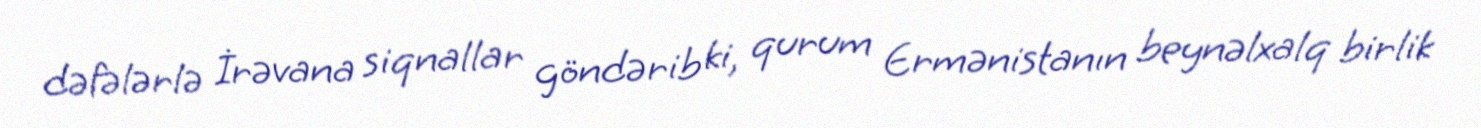
dəfələrlə İrəvana siqnallar göndərib ki, qurum Ermənistanın beynəlxalq birlik